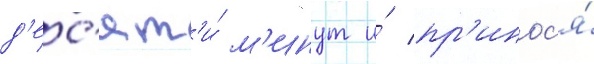
д'ес'ят'и́ м'инут и́ пр'инос'я́